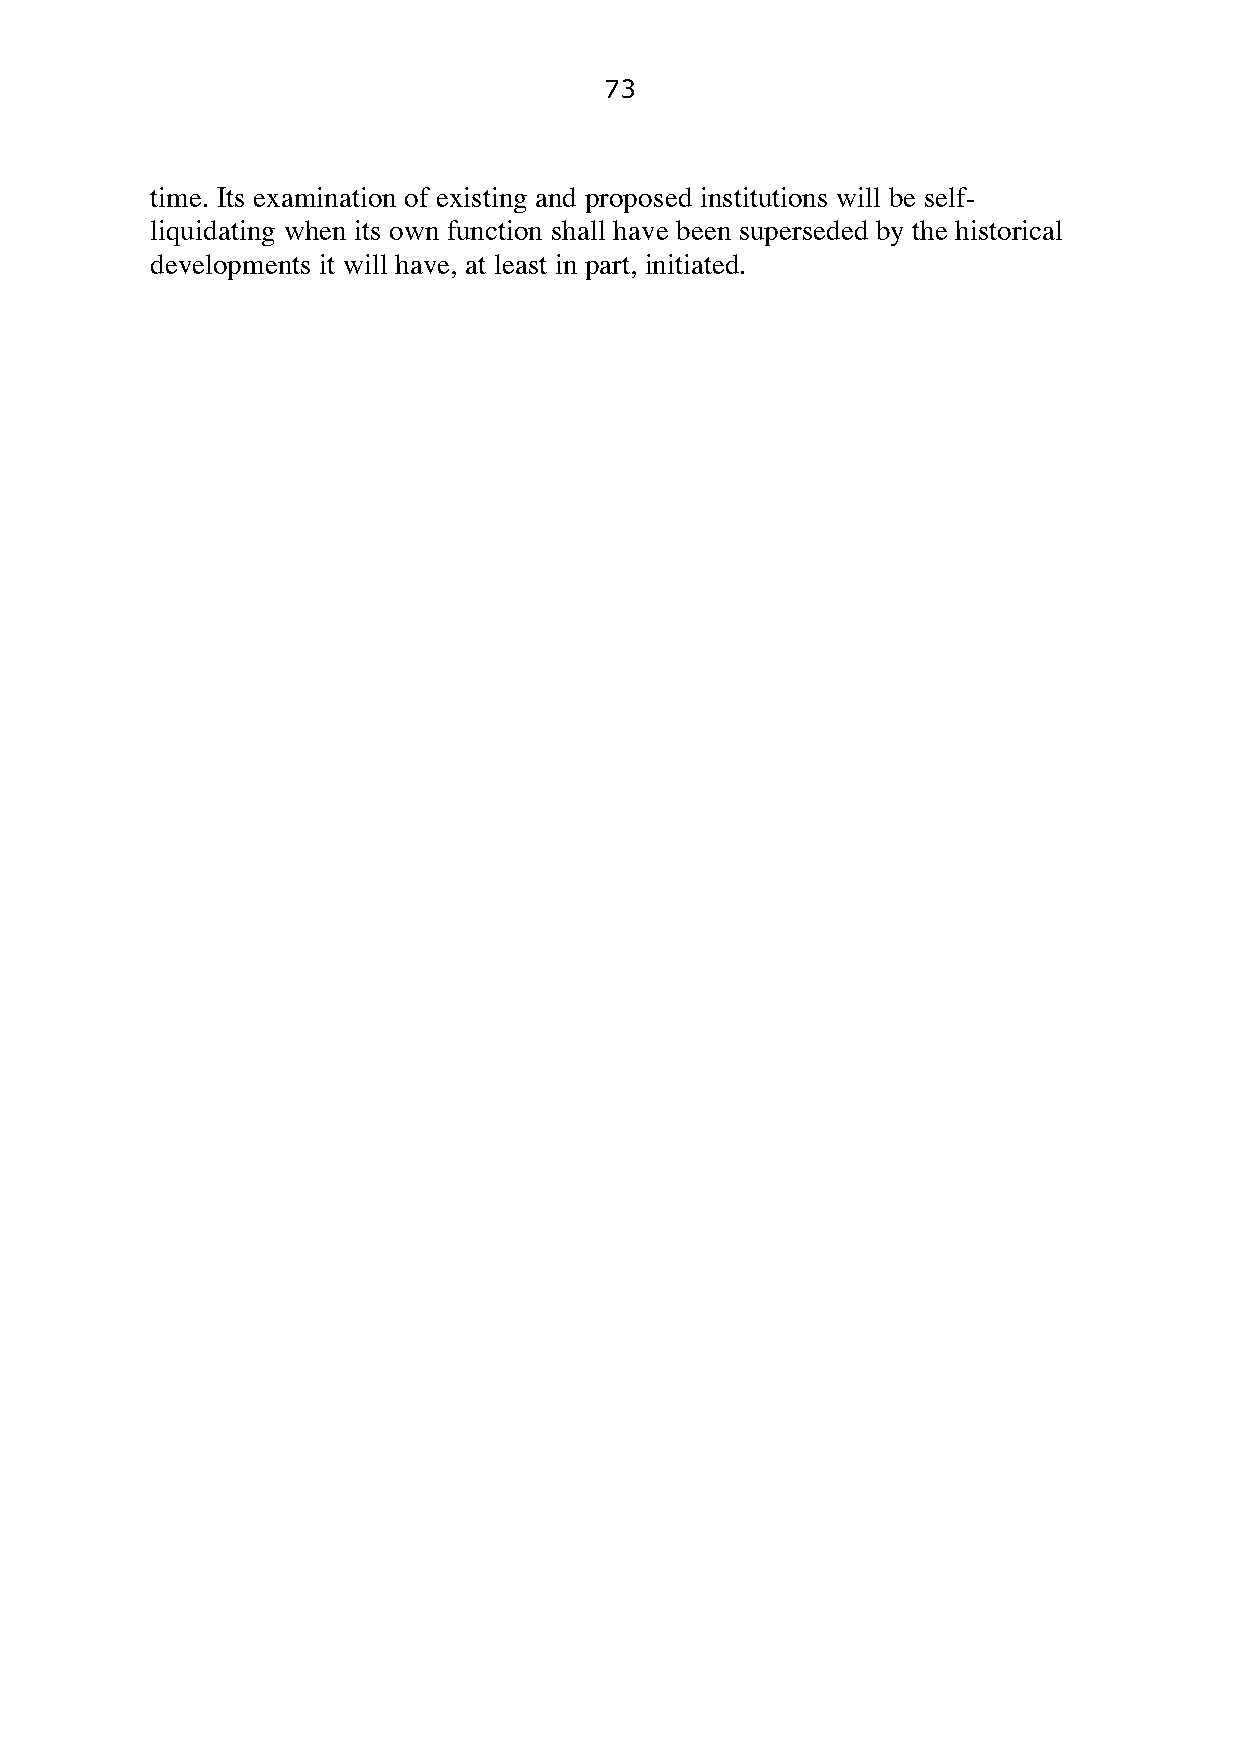
73
 time. Its examination of existing and proposed institutions will be self-
 liquidating when its own function shall have been superseded by the historical
 developments it will have, at least in part, initiated.